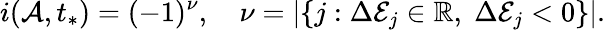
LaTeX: i(\mathcal{A},t_{*})=(-1)^{\nu},\quad\nu=|\{ j:\Delta\mathcal{E}_{j}\in\mathbb{R},\; \Delta\mathcal{E}_{j}<0\} |.